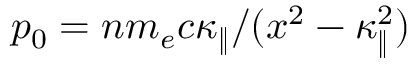
p _ { 0 } = n m _ { e } c \kappa _ { \| } / ( x ^ { 2 } - \kappa _ { \| } ^ { 2 } )